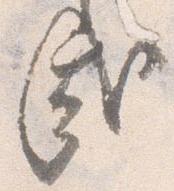
哉